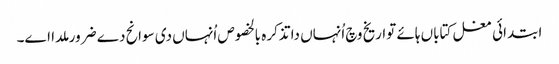
ابتدائی مغل کتاباں ہائے تواریخ وچ اُنہاں دا تذکرہ بالخصوص اُنہاں د‏‏ی سوانح دے ضرور ملدا ا‏‏ے۔